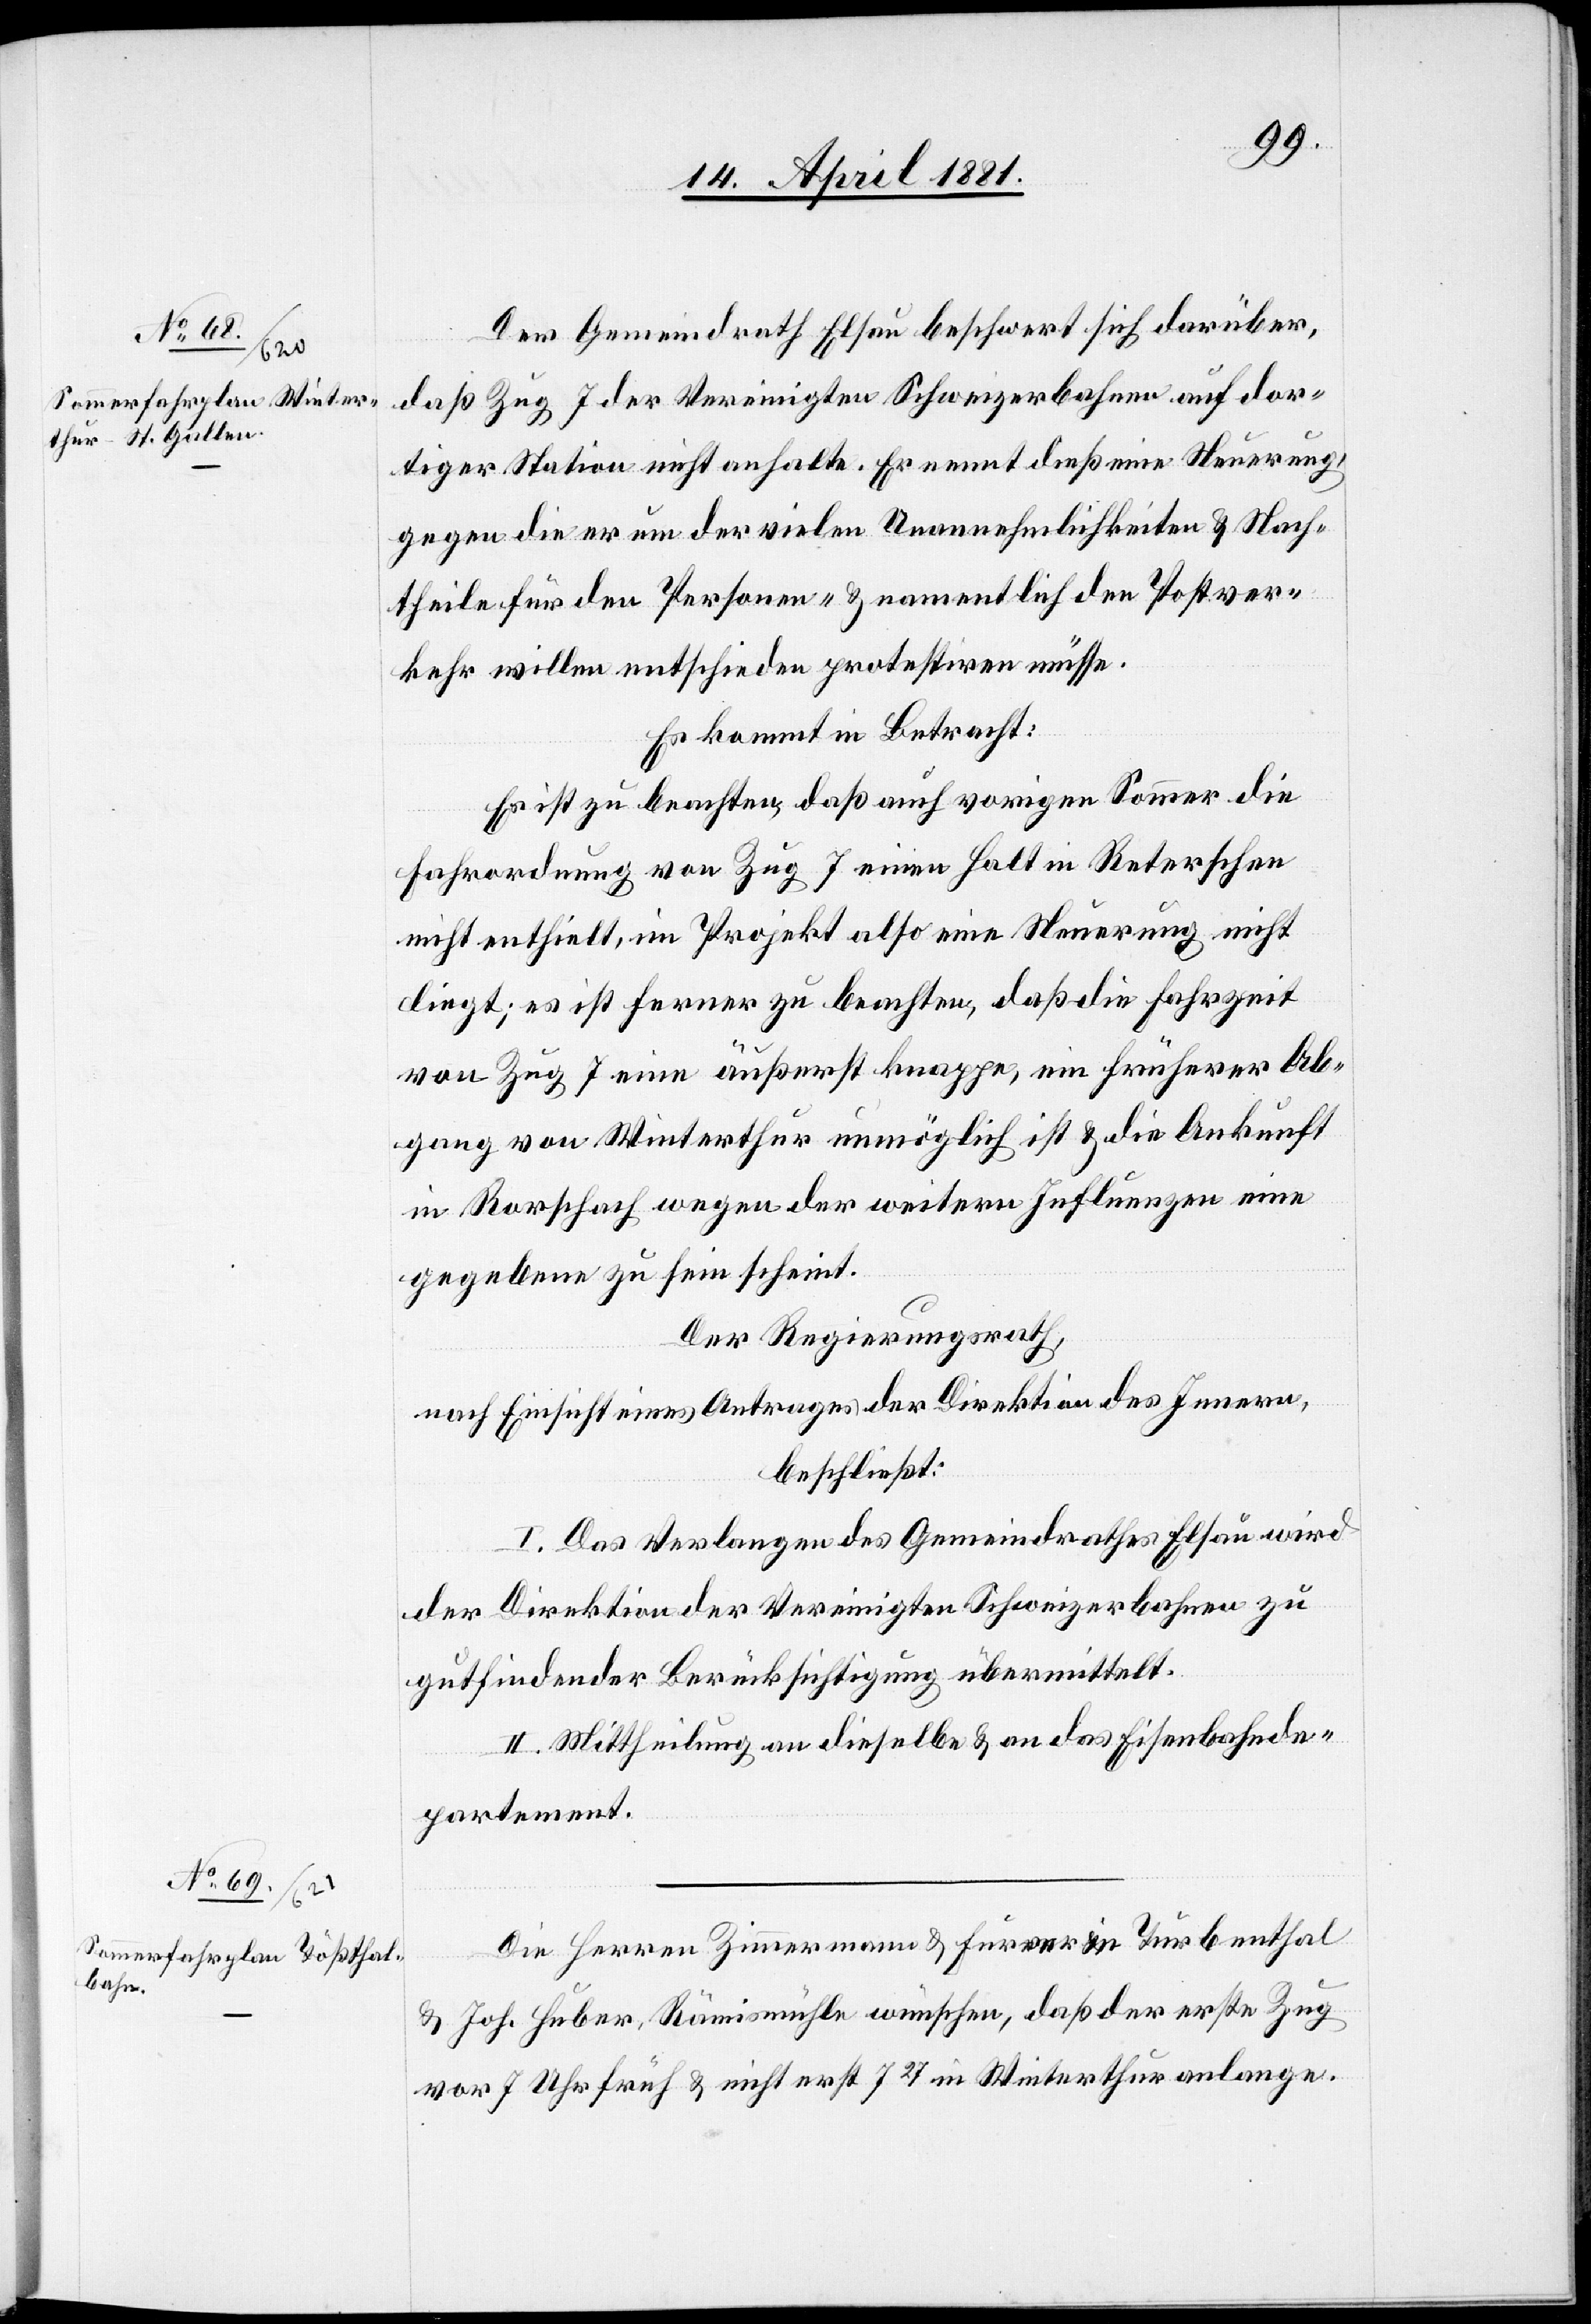
Der Gemeindrath Elsau beschwert sich darüber,
daß Zug 7 der Vereinigten Schweizerbahnen auf dor¬
tiger Station nicht anhält. Er nennt dieß eine Neuerung,
gegen die er um der vielen Unannehmlichkeiten & Nach¬
theile für den Personen- & namentlich den Postver¬
kehr willen entschieden protestiren müsse.
Es kommt in Betracht:
Es ist zu beachten, daß auch vorigen Sommer die
Fahrordnung von Zug 7 einen Halt in Reterschen
nicht enthielt, im Projekt also eine Neuerung nicht
liegt; es ist ferner zu beachten, daß die Fahrzeit
von Zug 7 eine äußerst knappe, ein früherer Ab¬
gang von Winterthur unmöglich ist & die Ankunft
in Rorschach wegen der weitern Influenzen eine
gegebene zu sein scheint.
Der Regierungsrath,
nach Einsicht eines Antrages der Direktion des Innern,
beschließt:
I. Das Verlangen des Gemeindrathes Elsau wird
der Direktion der Vereinigten Schweizerbahnen zu
gutfindender Berücksichtigung übermittelt.
II. Mittheilung an dieselbe & an das Eisenbahnde¬
partement.
Die Herren Zimmermann & Furrer in Turbenthal
& Joh. Huber, Rämismühle wünschen, daß der erste Zug
vor 7 Uhr früh & nicht erst 727 in Winterthur anlange.